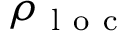
\rho _ { \mathrm { ~ l ~ o ~ c ~ } }